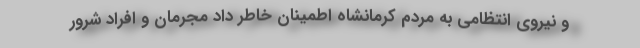
و نیروی انتظامی به مردم کرمانشاه اطمینان خاطر داد مجرمان و افراد شرور